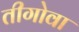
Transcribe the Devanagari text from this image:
तीगोवा